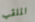
الملقب